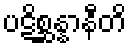
ပဋိစ္ဆန္နာနီတိ